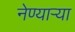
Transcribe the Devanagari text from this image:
नेण्यार्‍या